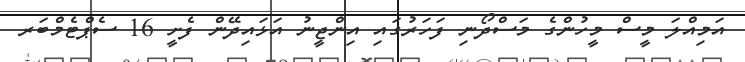
އަމިއްލަ މީސް މީހުންގެ މަސްދޯނި ފަހަރުގައި އިންޖީނު އަޅައިދޭން ފެށީ 16 ސެޕްޓެމްބަރ